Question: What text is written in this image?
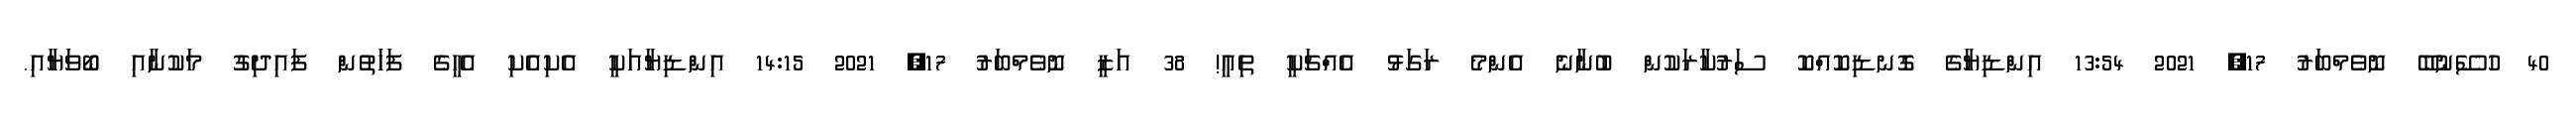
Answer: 40 ހުސޭނުބޭ ނޮވެމްބަރު 17, 2021 13:54 އިންޑިޔާގެ ގޮނޑިކޮއްކޮ ސަރުކާރަކުން ބުނާނެ އެންމެ ރަގަޅު އެއްޗަކީ ތިއީ! 38 އަޒީ ނޮވެމްބަރު 17, 2021 14:15 އިންޑިޔާއަކީ އެކިއެކި އެހީގެ ފަހަތުން ފައިދިގު މަކުނާއި ބޯވަޔާއި.